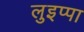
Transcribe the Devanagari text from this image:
लुइप्पा